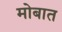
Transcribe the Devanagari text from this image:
मोबात